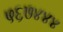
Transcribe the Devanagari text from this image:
५६७४४४